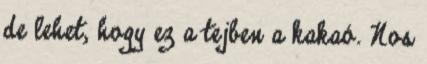
de lehet, hogy ez a tejben a kakaó. Nos